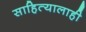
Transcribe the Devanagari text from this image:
साहित्यालाही